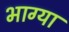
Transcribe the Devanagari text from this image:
भाग्या